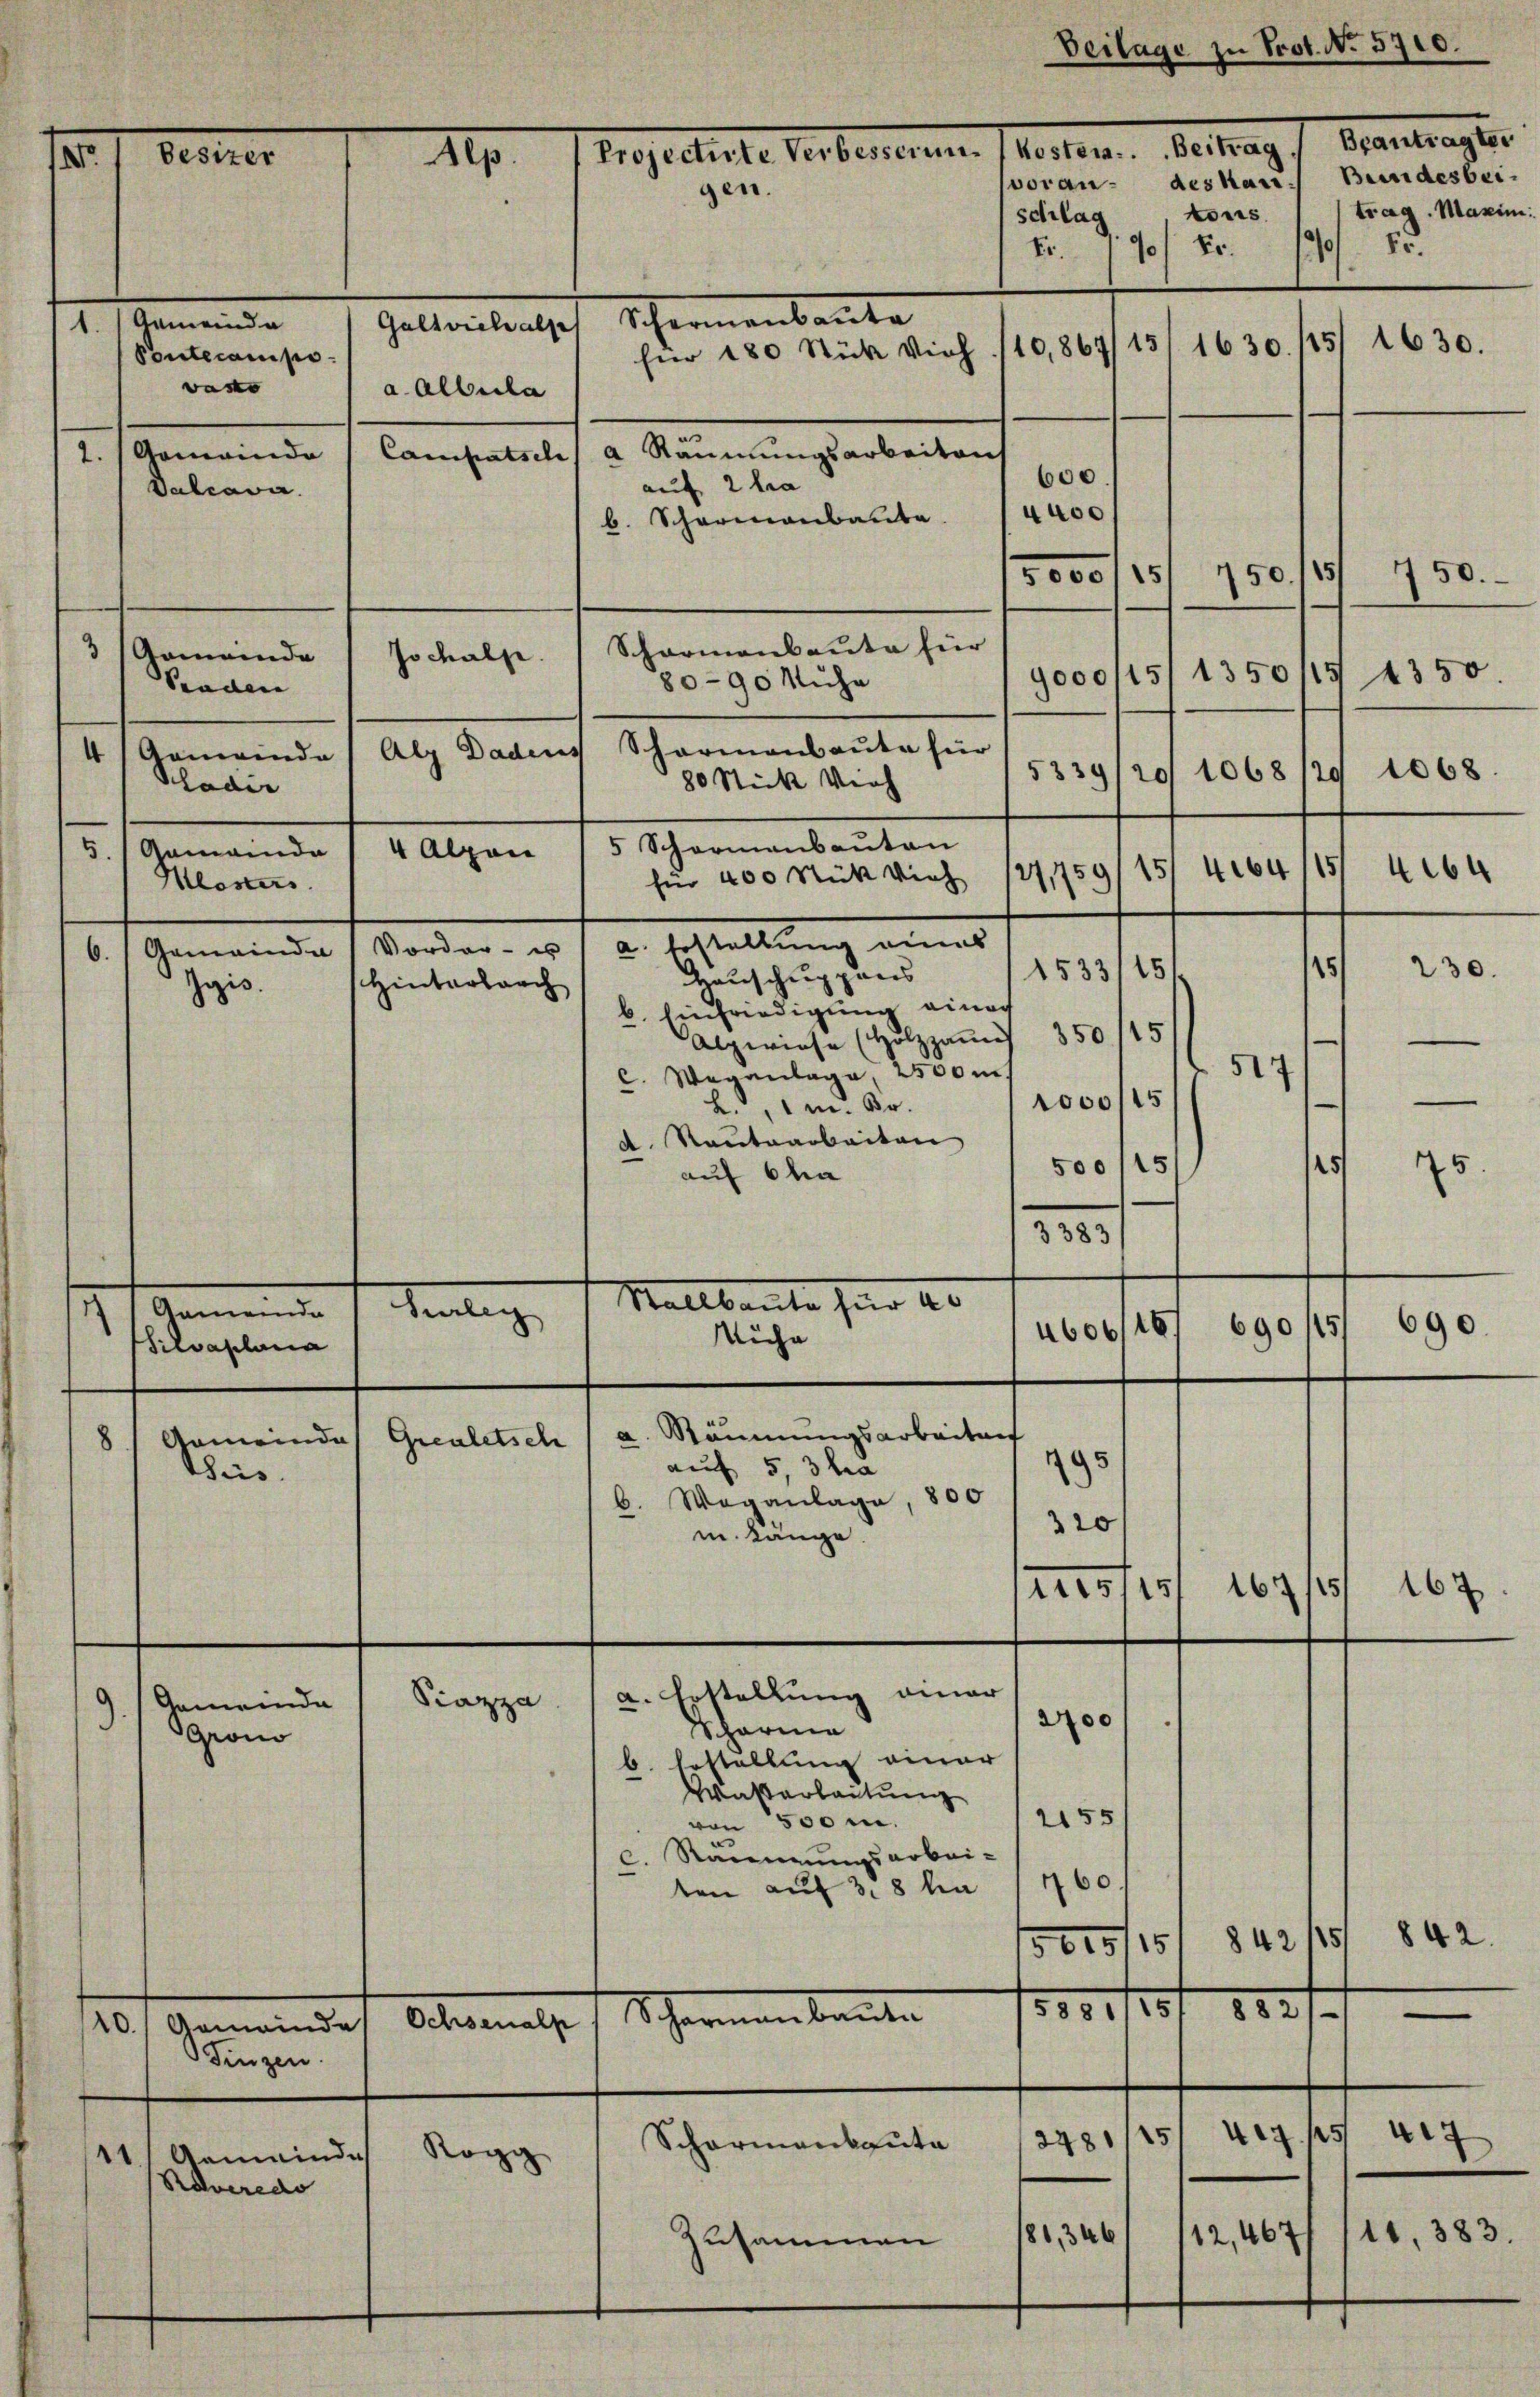
X.

1. Gemeinde
Pontecampi
wasse
a. Alberla
2.) Gemeinde
Valcava
Schormanbaute für
3 Gemeinde
9000/15
Senden
Alp Dadeus Scharmanbaute für
4) Gemeinde
5339/20/1068
1533/15
Hauschuppens
b. Einfriedigung einer
Alpwiese (Holzhaŭs 350 115
517
C. Wegantage, 2500 m.
1000/15
L. m. Br.
d. Rautaarbeiten
5
500/15
auf 6 ha
3383
Mallbaute für 20
7 Ammanne
heutige
16
690/5/
4606
Siche
Sievaplana
8) Gemeindes Grealetsch / a. Räumungsarbeiten
auf 5, 3 ha
95
tis.
Weganlage, 800
b.
320
m. Länge.
167/45
ruesser
a. Erstellung einer
Piazza
Gemeinde
2700
Scharne
Grono
b. Gestallung einer
Wasserleitung
2155
von 500 m.
C. Stammungsarbei-
ten auf 318 ha 1760.
5015/15/842/5/ 842.
882
Schornenbauten 18881/31
Ochsenalp
20.
Gemeinde
Finzen.
4.7. 15
2481/15
Scharmanbaute
11.) Gemeinde
Rogg
Raveredo
81,346
12,467
Zusammen

Besizer

Pladir
5. Gemeinda
Mlosters

Zois.

6. Gemeinda / Vorder- u a. Erstellung eines
Hinterbrach

II

Jochalpe

4 Alpen

Beilage zu Prot. No 5700.
Tregeltliche Verbeiteren Person. Bettag / Beantrages
gen.
tons
schlag
Er.
Fr.
9
Galleichentsch Schernenbaute
1630.
für 180 Stück Vieh /10,867/15/ 1630. 115
Campatsch a Räumungsarbeitent
600
auf 2 ha
4400
b. Scharmanbaute
150 (15/ 750.-
5 000/15

8090 Muhr

80 Stick Vieh
5 Schormanbauten
für 400 Stück Vieh 127,750

20
15/464/15

voran des kan. Bundesbeitrag. Maxim
208.

1350115 1350.
1068.
464
15
230.
—

690.

—

45

16

—
7
11,383.